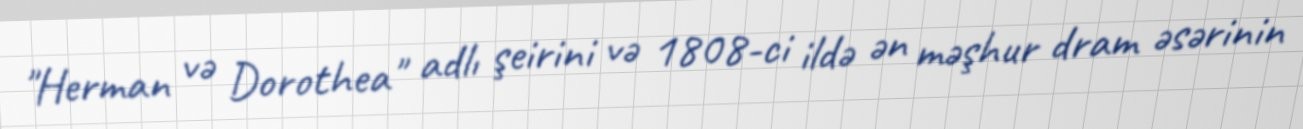
"Herman və Dorothea" adlı şeirini və 1808-ci ildə ən məşhur dram əsərinin